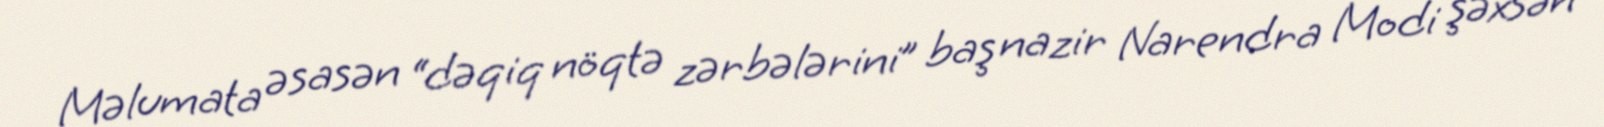
Məlumata əsasən “dəqiq nöqtə zərbələrini” baş nazir Narendra Modi şəxsən